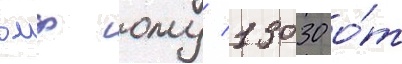
вмф ому/ 13030 о́т